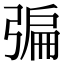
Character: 𢐃